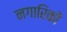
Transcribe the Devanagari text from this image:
नगारिकों